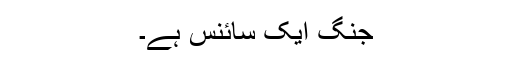
جنگ ایک سائنس ہے۔